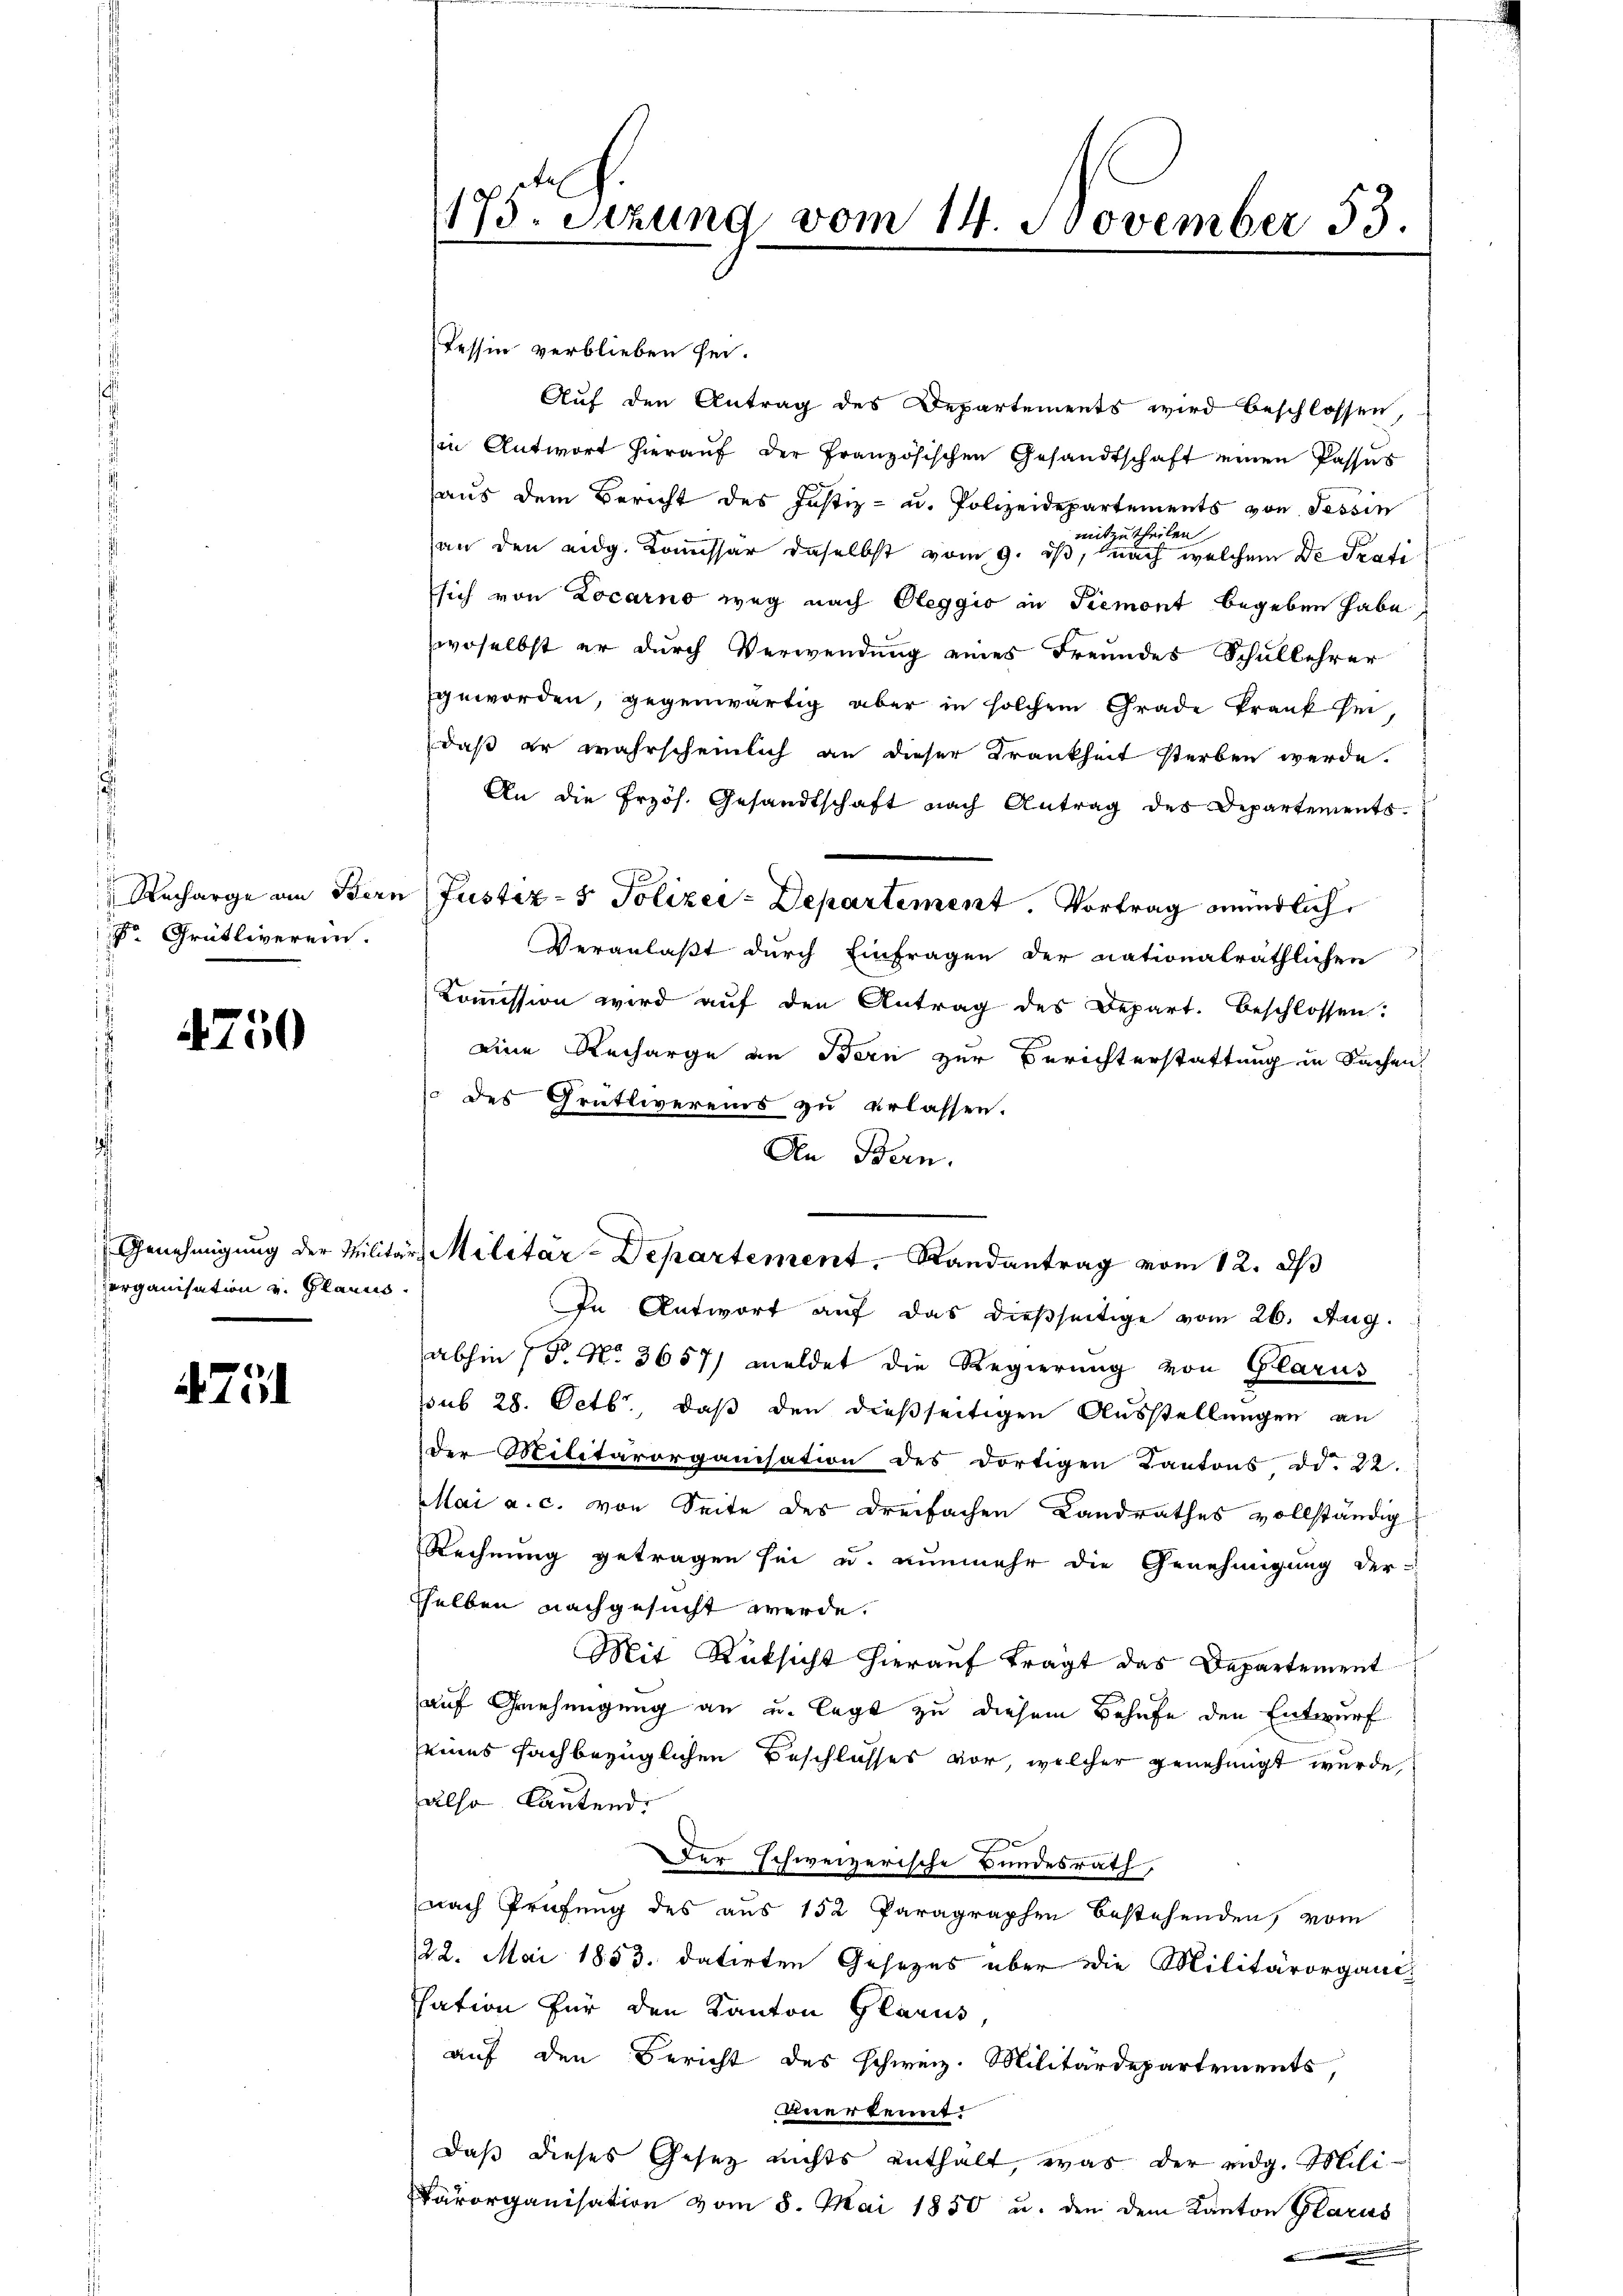
Recharge am Bern
 Grütliverein.

750

Genehmigung der Militär
derganisation v. Planus.

4 Zöl

175. Setzung vom 14. November 53.

Tessin verblieben sei.
Auf den Antrag des Departements wird beschlossen,
in Antwort hierauf der Französischen Gesandtschaft einen Passus
aus dem Bericht des Justiz- u. Polizeidepartements von Tessin
mitzutheilen
an den eidg. Kommissär daselbst vom 9. ist, nach welchem De Prati
sich von Locarno weg nach Oleggio an Piemont begeben habe,
woselbst er durch Verwendung eines Freundes Schullehrer
geworden, gegenwärtig aber in solchem Grade krank sei
daß er wahrscheinlich an dieser Krankheit sterben werde.
An die Przös. Gesandtschaft nach Antrag des Departements
Veranlaßt durch Einfragen der nationalräthlichen
Kommission wird auf den Antrag des Depart. Beschlossen:
eine Recharge an Bern zur Berichterstattung in Sachen,
des Grütlivereins zu erlassen.
In Antwort auf das dießseitige vom 26. Aug.
abhin (T. No. 3657/ meldet die Regierung von Glarus
sub 28. Octbr., daß den dießseitigen Ausstellungen an
der Militärorganisation des dortigen Kantons dd. 22.
Mai a. c. von Seite des dreifachen Landrathes vollständig
Rechnung getragen sei u. nunmehr die Genehmigung der
sselben nachgesucht werde.
Mit Rücksicht hierauf tragt das Departement
auf Genehmigung an u. legt zu diesem Behufe den Entwurf
seines fachbezüglichen Beschlusses vor, welcher genehmigt wurde,
also lautend.
Der schweizerische Bundesrath,
nach Prüfung des aus 152 Paragraphen bestehenden, vom
22. Mai 1853. datirten Gesezes über die Militärorganis
sation für den Kanton Glarus,
auf den Bericht des schweiz. Militärdepartements,
unerkennt:
daß dieses Gesetz nichts enthalt, was der eidg. Mili¬
Pärorganisation vom 8. Mai 1850 u. den dem Kanton Glarus
i
d

Justiz- & Polizei-Departement. Vortrag mündlich

Den Bern.
Militar-Departement. Randantrag vom 12. d